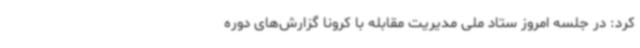
کرد: در جلسه امروز ستاد ملی مدیریت مقابله با کرونا گزارش‌های دوره